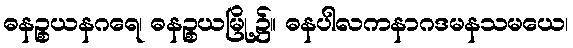
ဓနဉ္စယနဂရေ၊ ဓနဉ္စယမြို့၌။ ဓနပါလကနာဂဒမနသမယေ၊